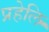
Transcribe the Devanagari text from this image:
प्रहेलि